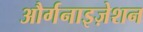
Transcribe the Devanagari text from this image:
और्गनाइज़ेशन